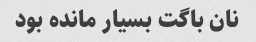
نان باگت بسیار مانده بود